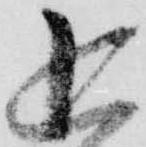
追